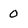
Character: 0